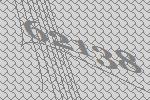
62138